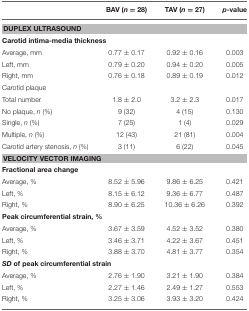
<table><thead><tr><td></td><td><b>BAV (<i>n</i> = 28)</b></td><td><b>TAV (<i>n</i> = 27)</b></td><td><b><i>p</i>-value</b></td></tr></thead><tbody><tr><td colspan="4"><b>DUPLEX ULTRASOUND</b></td></tr><tr><td colspan="4"><b>Carotid intima-media thickness</b></td></tr><tr><td>Average, mm</td><td>0.77 ± 0.17</td><td>0.92 ± 0.16</td><td>0.003</td></tr><tr><td>Left, mm</td><td>0.79 ± 0.20</td><td>0.94 ± 0.20</td><td>0.005</td></tr><tr><td>Right, mm</td><td>0.76 ± 0.18</td><td>0.89 ± 0.19</td><td>0.012</td></tr><tr><td colspan="4">Carotid plaque</td></tr><tr><td>Total number</td><td>1.8 ± 2.0</td><td>3.2 ± 2.3</td><td>0.017</td></tr><tr><td>No plaque, <i>n</i> (%)</td><td>9 (32)</td><td>4 (15)</td><td>0.130</td></tr><tr><td>Single, <i>n</i> (%)</td><td>7 (25)</td><td>1 (4)</td><td>0.029</td></tr><tr><td>Multiple, <i>n</i> (%)</td><td>12 (43)</td><td>21 (81)</td><td>0.004</td></tr><tr><td>Carotid artery stenosis, <i>n</i> (%)</td><td>3 (11)</td><td>6 (22)</td><td>0.045</td></tr><tr><td colspan="4"><b>VELOCITY VECTOR IMAGING</b></td></tr><tr><td colspan="4"><b>Fractional area change</b></td></tr><tr><td>Average, %</td><td>8.52 ± 5.96</td><td>9.86 ± 6.25</td><td>0.421</td></tr><tr><td>Left, %</td><td>8.15 ± 6.12</td><td>9.36 ± 6.77</td><td>0.487</td></tr><tr><td>Right, %</td><td>8.90 ± 6.25</td><td>10.36 ± 6.26</td><td>0.392</td></tr><tr><td colspan="4"><b>Peak circumferential strain, %</b></td></tr><tr><td>Average, %</td><td>3.67 ± 3.59</td><td>4.52 ± 3.52</td><td>0.380</td></tr><tr><td>Left, %</td><td>3.46 ± 3.71</td><td>4.22 ± 3.67</td><td>0.451</td></tr><tr><td>Right, %</td><td>3.88 ± 3.70</td><td>4.81 ± 3.77</td><td>0.354</td></tr><tr><td colspan="4"><i><b>SD</b></i><b>of peak circumferential strain</b></td></tr><tr><td>Average, %</td><td>2.76 ± 1.90</td><td>3.21 ± 1.90</td><td>0.384</td></tr><tr><td>Left, %</td><td>2.27 ± 1.46</td><td>2.49 ± 1.27</td><td>0.553</td></tr><tr><td>Right, %</td><td>3.25 ± 3.06</td><td>3.93 ± 3.20</td><td>0.424</td></tr></tbody></table>